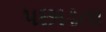
પછાડતા